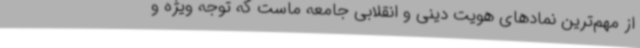
از مهم‌ترین نمادهای هویت دینی و انقلابی جامعه ماست که توجه ویژه و